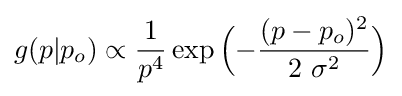
g(p|p_{o})\propto {\dfrac {1}{p^{4}}}\exp {\Big (}{-{\dfrac {(p-p_{o})^{2}}{2\ \sigma ^{2}}}}{\Big )}